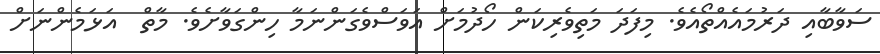
ސަވާބާއި ދަރުމައެއްތޯއެވެ. މިފަދަ މަތިވެރިކަން ހޯދުމަށް އަވަސްވެގަންނަމާ ހިންގަވާށެވެ. މާތް  އަޅަމެންނަށް